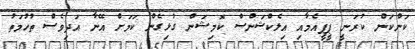
ކަންކަން ކުރަނީ ޕީޕީއެމާއި އިލެކްޝަންސް ކޮމިޝަން ގުޅިގެން ކަމަށް އޭނާ އަދިވެސް ތުހުމަތު